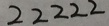
2 2 2 2 2